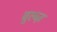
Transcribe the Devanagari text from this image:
बुल्व्ज़